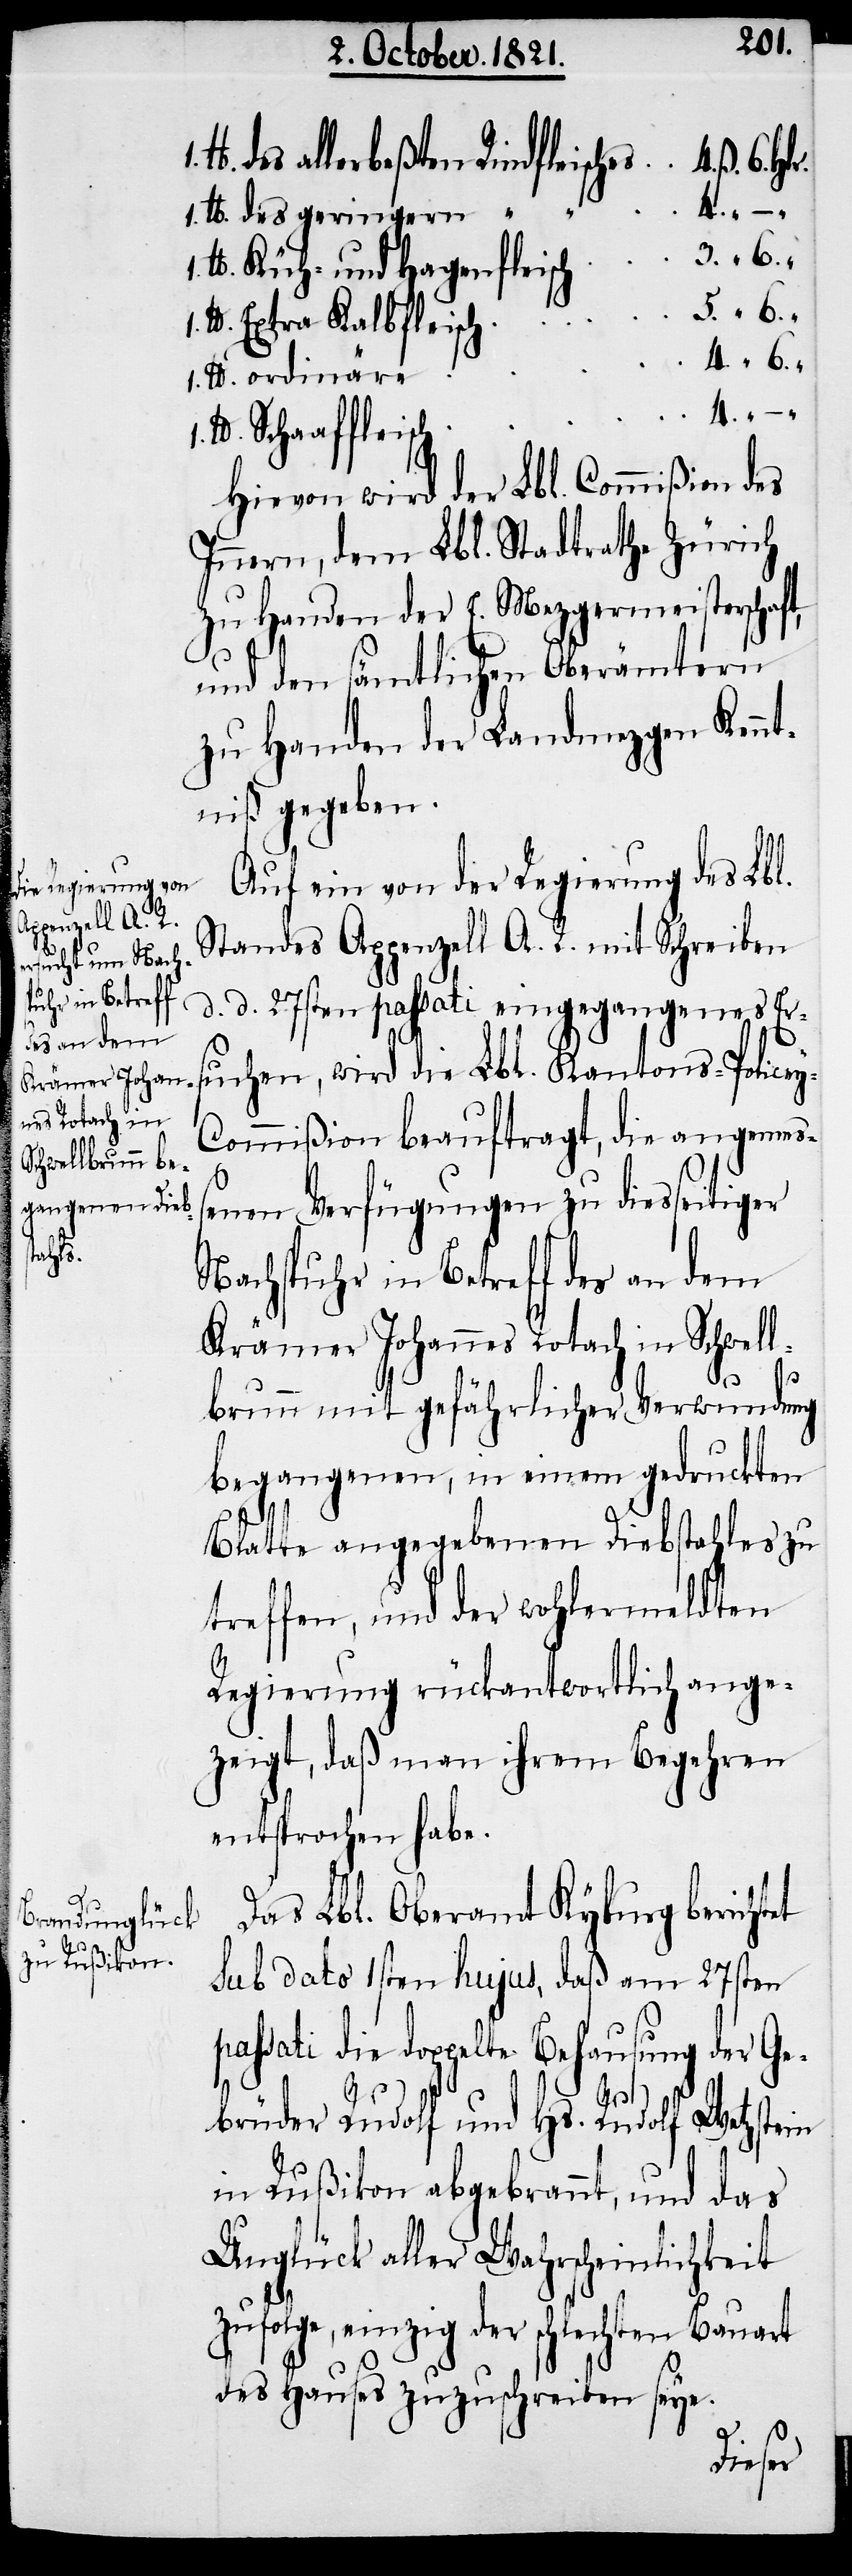
bl. Stadtrath Zürich
1. lb.
y-C¬
h	3.	“	6.	“
lb. Küh- und Hagenfleisc¬
zu Handen der E. Mezgermeisterschaft,
und den sämtlichen Oberämtern
zu Handen der Landmezgen Kennt¬
niß gegeben.
Auf ein von der Regierung des Lbl.
Standes Appenzell A. R. mit Schreiben
d. d. 27sten passati eingegangenes Ers¬
uchen, wird die Lbl. Kantons-Police¬
ommißion beauftragt, die angemeß¬
enen Verfügungen zu diesseitiger
Nachspuhr in Betreff der an dem
Krämer Johannes Rotach in Schwell¬
1.
brunn mit gefährlicher Verwundung
begangenen, in einem gedruckten
Blatte angegebenen Diebstahl zu
treffen, und der wohlermeldten
Regierung rückantwortlich ange¬
zeigt, daß man ihrem Begehren
entsprochen habe.
Das Lbl. Oberamt Kyburg berichtet
sub dato 1sten hujus, daß am 27sten
passati die doppelte Behausung der Ge¬
brüder Rudolf und Hs. Rudolf Wetzstein
in Rußikon abgebrannt, und das
Unglück aller Wahrscheinlichkeit
zufolge, einzig der schlechten Bauart
des Hauses zuzuschreiben seye.